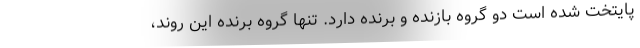
پایتخت شده است دو گروه بازنده و برنده دارد. تنها گروه برنده این روند،